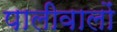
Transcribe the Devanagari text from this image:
पालीवालों